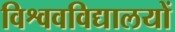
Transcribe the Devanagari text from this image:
विश्ववविद्यालयों